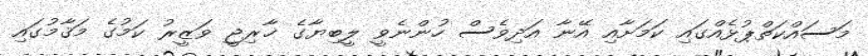
މަސައްކަތްޕުޅެއްގައި ކަމަށާއި އޭނާ އަދިވެސް ހުންނެވީ ލީބިޔާގެ ޚާރިޖީ ވަޒީރު ކަމުގެ މަޤާމުގައި